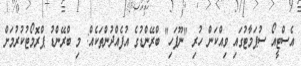
އެސްޓީއޯ ސުޕަމާޓުގައި ވިއްކަން ހުރި "ނޫފަހި" ބްރޭންޑުގެ އުފެއްދުންތަކެއް: މި ބްރޭންޑު ޕްރޮމޯޓުކުރުމަށް